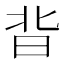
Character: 𭥣